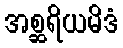
အစ္ဆရိယမိဒံ